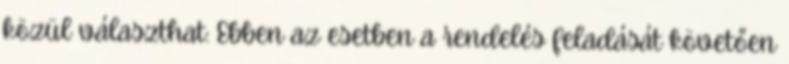
közül választhat: Ebben az esetben a rendelés feladását követően